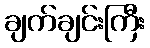
ချက်ချင်းကြီး